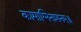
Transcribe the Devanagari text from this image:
कामाग्निनाशनम्॥